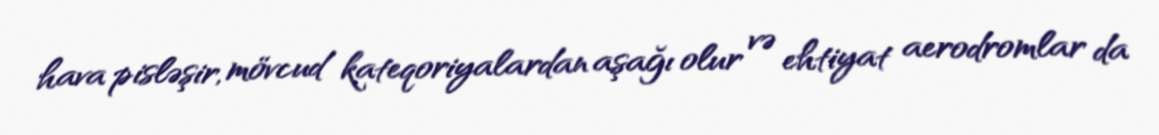
hava pisləşir, mövcud kateqoriyalardan aşağı olur və ehtiyat aerodromlar da